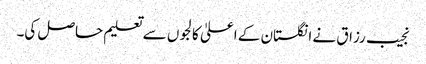
نجیب رزاق نے انگلستان کے اعلیٰ کالجوں سے تعلیم حاصل کی۔